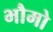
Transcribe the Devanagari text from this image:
भौमो